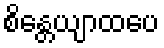
စိန္တေယျာထပေ